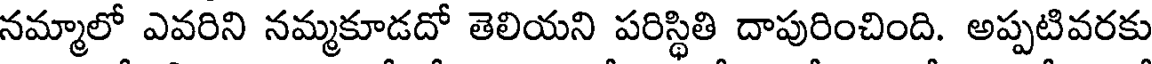
నమ్మాలో ఎవరిని నమ్మకూడదో తెలియని పరిస్థితి దాపురించింది. అప్పటివరకు